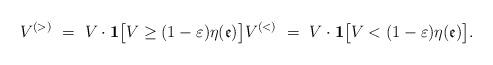
LaTeX: \begin{align*}V^{(>)}\ =\ V\cdot \mathbf{1}\big[V\geq (1-{\varepsilon })\eta (\mathfrak{e})\big]V^{(<)}\ =\ V\cdot \mathbf{1}\big[V<(1-{\varepsilon })\eta (\mathfrak{e})\big]. \end{align*}